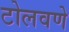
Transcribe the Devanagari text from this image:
टोलवणे